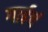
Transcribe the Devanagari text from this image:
गाईचं